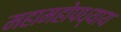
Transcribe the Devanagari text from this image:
महामहोपध्याय